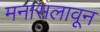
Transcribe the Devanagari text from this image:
मनासलावून